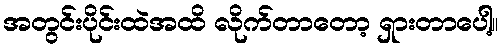
အတွင်းပိုင်းထဲအထိ လိုက်တာတော့ ရှားတာပေါ့။